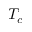
T _ { c }